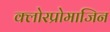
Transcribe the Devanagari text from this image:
क्लोरप्रोमाजिन